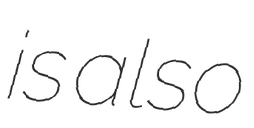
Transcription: is also